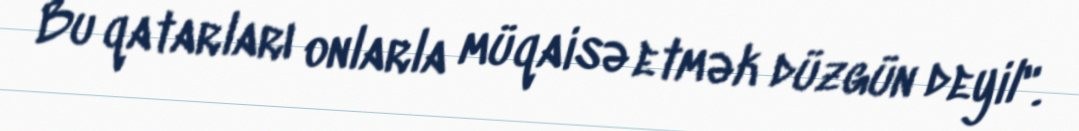
Bu qatarları onlarla müqaisə etmək düzgün deyil".